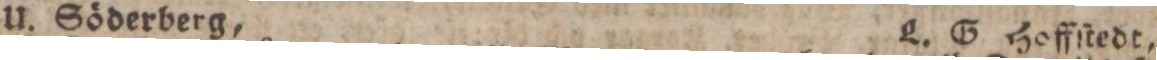
U. Söderberg,    L. G Hoffſtedt,